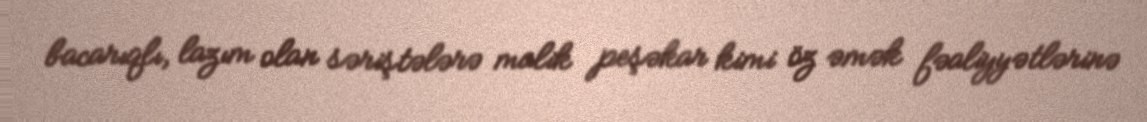
bacarıqlı, lazım olan səriştələrə malik peşəkar kimi öz əmək fəaliyyətlərinə